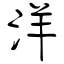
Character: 洋